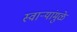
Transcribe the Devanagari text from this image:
स्वार्‍यांमुळे